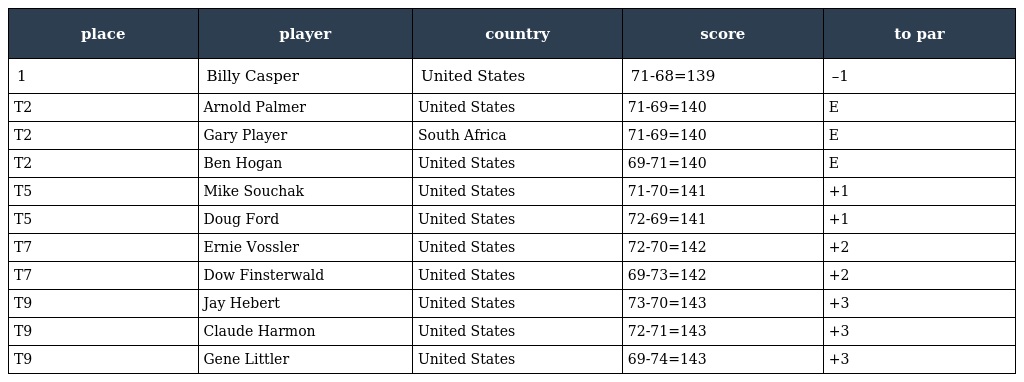
| place | player | country | score | to par |
 | --- | --- | --- | --- | --- |
 | 1 | Billy Casper | United States | 71-68=139 | –1 |
 | T2 | Arnold Palmer | United States | 71-69=140 | E |
 | T2 | Gary Player | South Africa | 71-69=140 | E |
 | T2 | Ben Hogan | United States | 69-71=140 | E |
 | T5 | Mike Souchak | United States | 71-70=141 | +1 |
 | T5 | Doug Ford | United States | 72-69=141 | +1 |
 | T7 | Ernie Vossler | United States | 72-70=142 | +2 |
 | T7 | Dow Finsterwald | United States | 69-73=142 | +2 |
 | T9 | Jay Hebert | United States | 73-70=143 | +3 |
 | T9 | Claude Harmon | United States | 72-71=143 | +3 |
 | T9 | Gene Littler | United States | 69-74=143 | +3 |